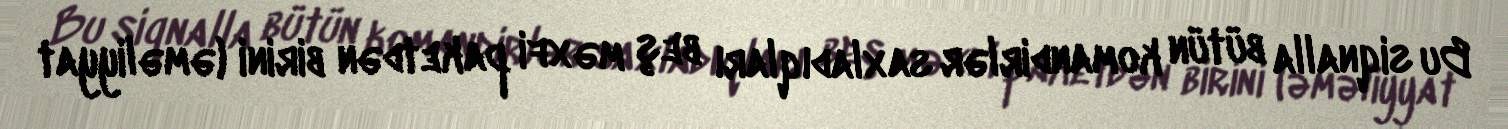
Bu siqnalla bütün komandirlər saxladıqları beş məxfi paketdən birini (əməliyyat